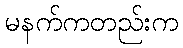
မနက်ကတည်းက